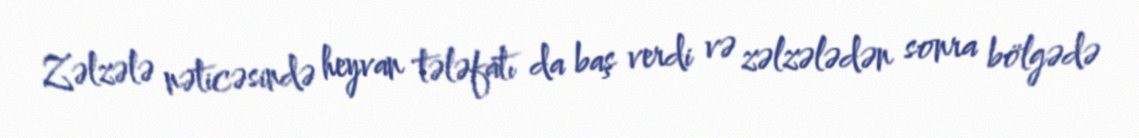
Zəlzələ nəticəsində heyvan tələfatı da baş verdi və zəlzələdən sonra bölgədə